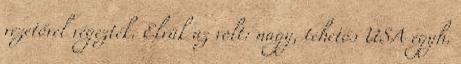
vezetővel végezték. Elvük az volt: nagy, tehetős USA egyh.